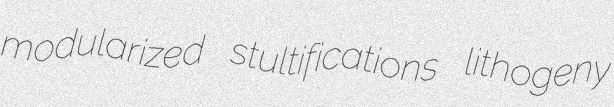
modularized stultifications lithogeny